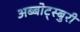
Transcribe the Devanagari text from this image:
अब्बोट्स्बुरी